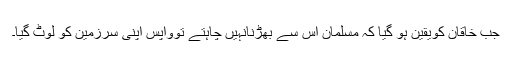
جب خاقان کویقین ہو گیا کہ مسلمان اس سے بھڑنانہیں چاہتے توواپس اپنی سرزمین کو لوٹ گیا۔